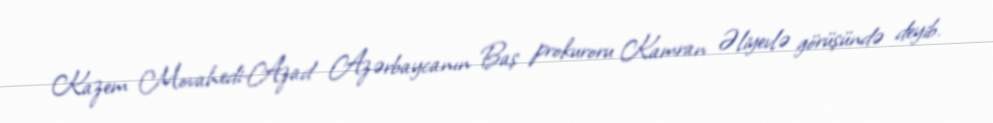
Kazem Movahedi-Azad Azərbaycanın Baş prokuroru Kamran Əliyevlə görüşündə deyib.